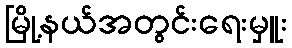
မြို့နယ်အတွင်းရေးမှူး